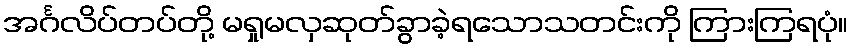
အင်္ဂလိပ်တပ်တို့ မရှုမလှဆုတ်ခွာခဲ့ရသောသတင်းကို ကြားကြရပုံ။